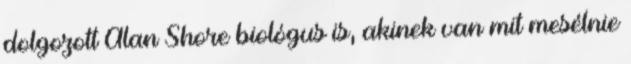
dolgozott Alan Shore biológus is, akinek van mit mesélnie